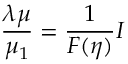
{ \frac { \lambda \mu } { \mu _ { 1 } } } = { \frac { 1 } { F ( \eta ) } } I